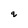
Character: q